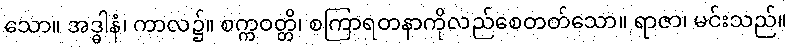
သော။ အဒ္ဓါနံ၊ ကာလ၌။ စက္ကဝတ္တိ၊ စကြာရတနာကိုလည်စေတတ်သော။ ရာဇာ၊ မင်းသည်။